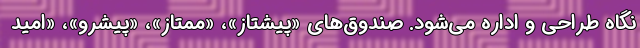
نگاه طراحی و اداره می‌شود. صندوق‌های «پیشتاز»، «ممتاز»، «پیشرو»، «امید